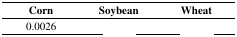
<table><thead><tr><td><b>Corn</b></td><td><b>Soybean</b></td><td><b>Wheat</b></td></tr></thead><tbody><tr><td>0.0026</td><td>[EMPTY_CELL]</td><td>[EMPTY_CELL]</td></tr></tbody></table>